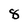
Character: 8